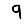
Digit: 9